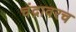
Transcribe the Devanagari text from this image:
चंद्रावरच